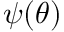
{ \boldsymbol { \psi } } ( { \boldsymbol { \theta } } )